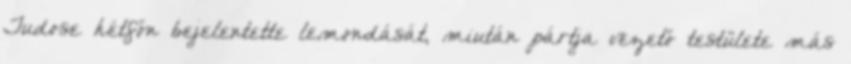
Tudose hétfőn bejelentette lemondását, miután pártja vezető testülete más